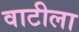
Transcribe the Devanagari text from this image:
वाटीला